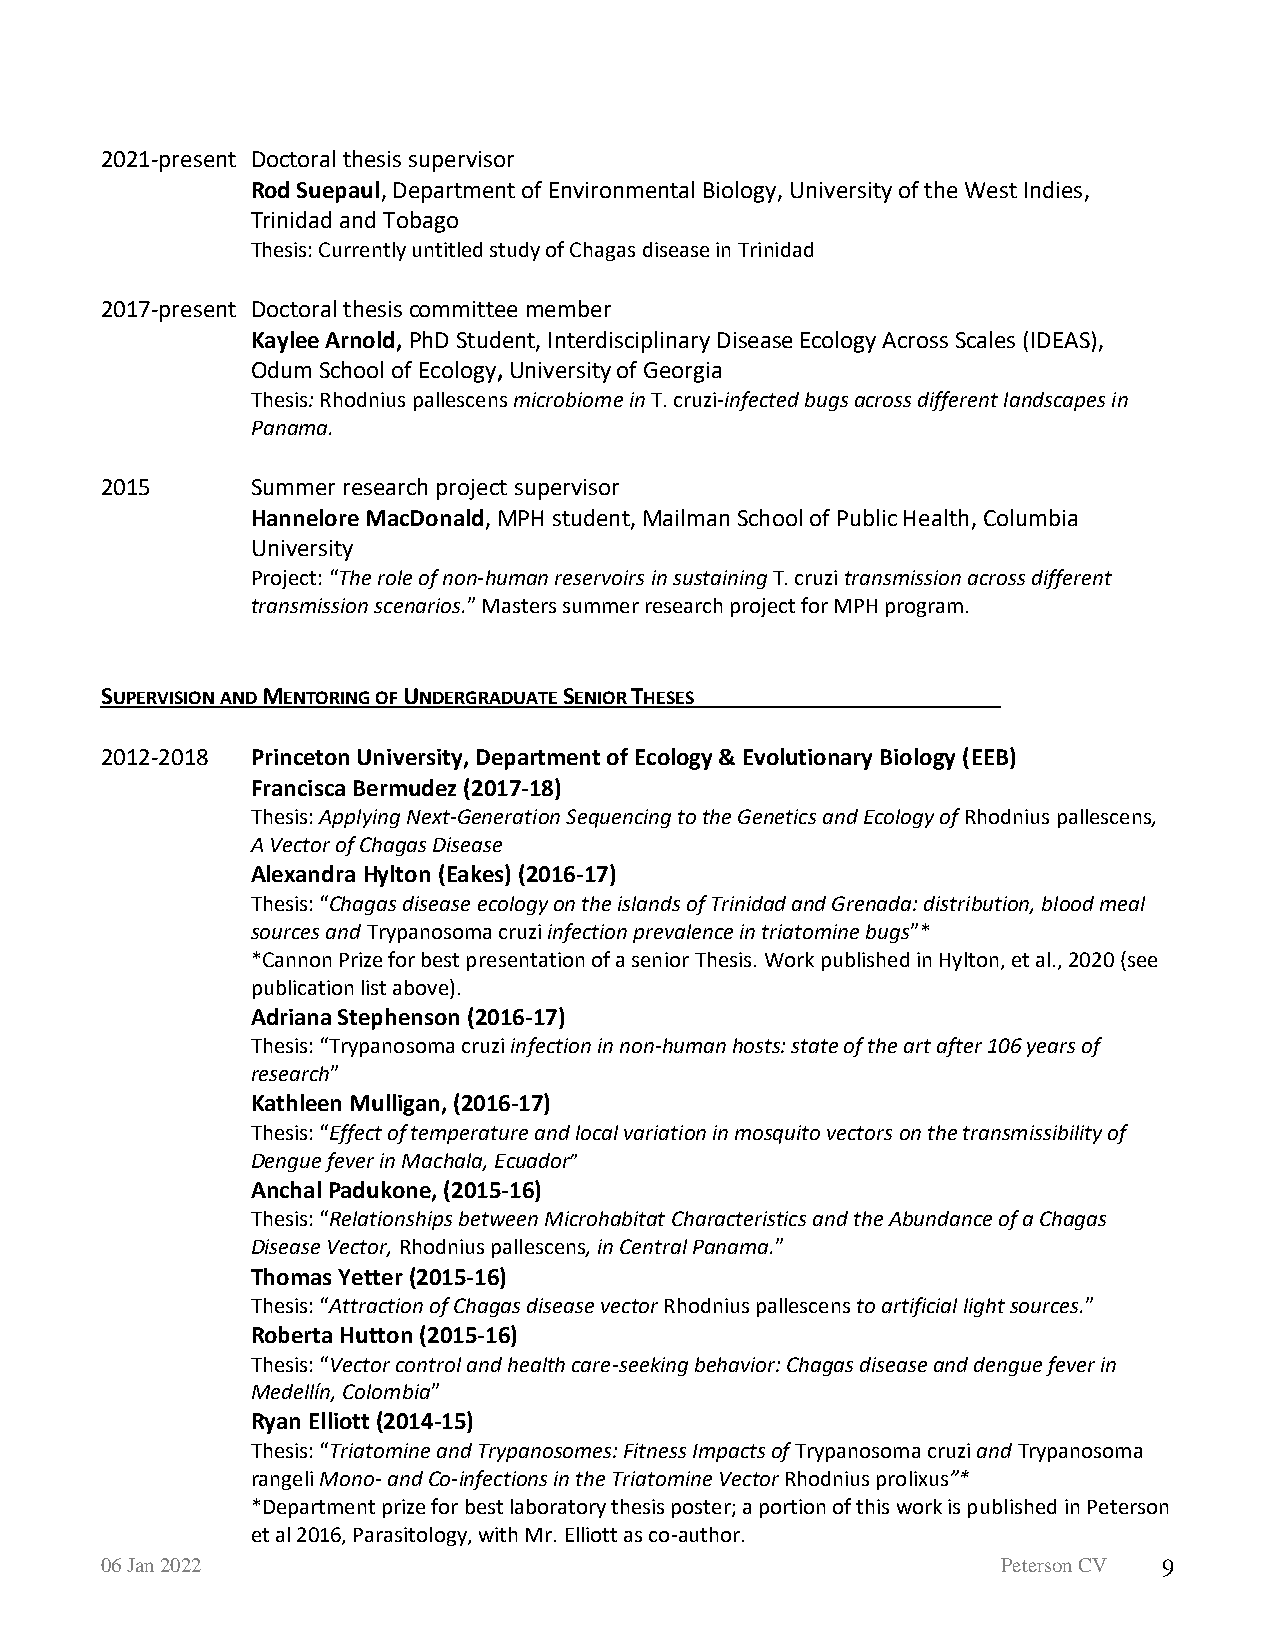
2021-present Doctoral thesis supervisor
 Rod Suepaul, Department of Environmental Biology, University of the West Indies,
 Trinidad and Tobago
 Thesis: Currently untitled study of Chagas disease in Trinidad
 2017-present Doctoral thesis committee member
 Kaylee Arnold, PhD Student, Interdisciplinary Disease Ecology Across Scales (IDEAS),
 Odum School of Ecology, University of Georgia
 Thesis: Rhodnius pallescens microbiome in T. cruzi-infected bugs across different landscapes in
 Panama.
 2015      Summer research project supervisor
 Hannelore MacDonald, MPH student, Mailman School of Public Health, Columbia
 University
 Project: “The role of non-human reservoirs in sustaining T. cruzi transmission across different
 transmission scenarios.” Masters summer research project for MPH program.
 SUPERVISION AND MENTORING OF UNDERGRADUATE SENIOR THESES
 2012-2018 Princeton University, Department of Ecology & Evolutionary Biology (EEB)
 Francisca Bermudez (2017-18)
 Thesis: Applying Next-Generation Sequencing to the Genetics and Ecology of Rhodnius pallescens,
 A Vector of Chagas Disease
 Alexandra Hylton (Eakes) (2016-17)
 Thesis: “Chagas disease ecology on the islands of Trinidad and Grenada: distribution, blood meal
 sources and Trypanosoma cruzi infection prevalence in triatomine bugs”*
 *Cannon Prize for best presentation of a senior Thesis. Work published in Hylton, et al., 2020 (see
 publication list above).
 Adriana Stephenson (2016-17)
 Thesis: “Trypanosoma cruzi infection in non-human hosts: state of the art after 106 years of
 research”
 Kathleen Mulligan, (2016-17)
 Thesis: “Effect of temperature and local variation in mosquito vectors on the transmissibility of
 Dengue fever in Machala, Ecuador”
 Anchal Padukone, (2015-16)
 Thesis: “Relationships between Microhabitat Characteristics and the Abundance of a Chagas
 Disease Vector, Rhodnius pallescens, in Central Panama.”
 Thomas Yetter (2015-16)
 Thesis: “Attraction of Chagas disease vector Rhodnius pallescens to artificial light sources.”
 Roberta Hutton (2015-16)
 Thesis: “Vector control and health care-seeking behavior: Chagas disease and dengue fever in
 Medellín, Colombia”
 Ryan Elliott (2014-15)
 Thesis: “Triatomine and Trypanosomes: Fitness Impacts of Trypanosoma cruzi and Trypanosoma
 rangeli Mono- and Co-infections in the Triatomine Vector Rhodnius prolixus”*
 *Department prize for best laboratory thesis poster; a portion of this work is published in Peterson
 et al 2016, Parasitology, with Mr. Elliott as co-author.
 06 Jan 2022                                                Peterson CV 9